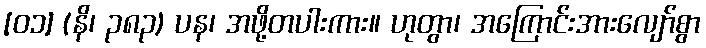
[၀၁] (နိ၊ ၃၈၃) ပန၊ အဖို့တပါးကား။ ဟုတွာ၊ အကြောင်းအားလျော်စွာ